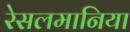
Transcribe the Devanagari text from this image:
रेसलमानिया